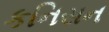
કનિસન